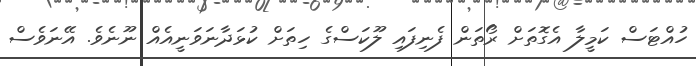
ހުއްޓަސް ކަމީލާ އެގޮތަށް ރޯތަން ފެނިފައި ލޫކަސްގެ ހިތަށް ކުޅަދާނަވަނީއެއް ނޫނެވެ. އޭނަވެސް